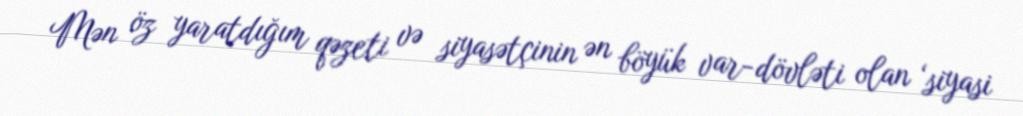
Mən öz yaratdığım qəzeti və siyasətçinin ən böyük var-dövləti olan ‘siyasi